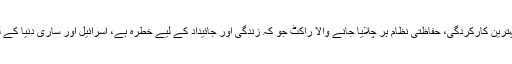
میزائل حفاظت، آئرن ڈوم کی بہترین کارکردگی، حفاظتی نظام ہر چلایا جانے والا راکٹ جو کہ زندگی اور جائیداد کے لیے خطرہ ہے، اسرائیل اور ساری دنیا کے لیے اہم فوجی اہمیت رکھتا ہے۔